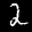
Label: 2